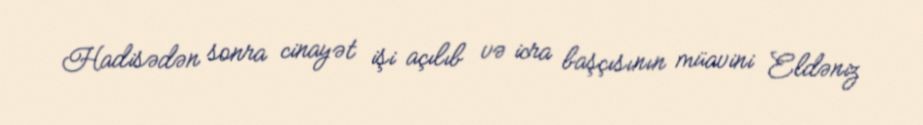
Hadisədən sonra cinayət işi açılıb və icra başçısının müavini Eldəniz